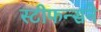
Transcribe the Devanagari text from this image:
स्टीफन्सने